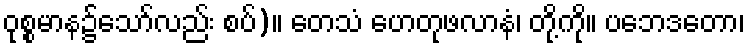
ဝုစ္စမာန၌သော်လည်း စပ်)။ တေသံ ဟေတုဖလာနံ၊ တို့ကို။ ပဘေဒတော၊